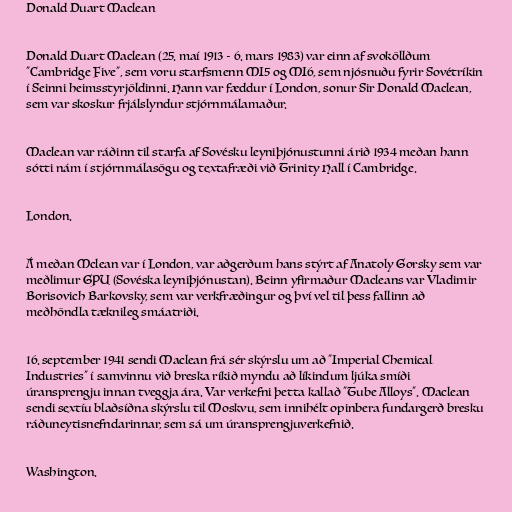
Donald Duart Maclean

Donald Duart Maclean (25. maí 1913 - 6. mars 1983) var einn af svoköllðum
"Cambridge Five", sem voru starfsmenn MI5 og MI6, sem njósnuðu fyrir Sovétríkin
í Seinni heimsstyrjöldinni. Hann var fæddur í London, sonur Sir Donald Maclean,
sem var skoskur frjálslyndur stjórnmálamaður.

Maclean var ráðinn til starfa af Sovésku leyniþjónustunni árið 1934 meðan hann
sótti nám í stjórnmálasögu og textafræði við Trinity Hall í Cambridge.

London.

Á meðan Mclean var í London, var aðgerðum hans stýrt af Anatoly Gorsky sem var
meðlimur GPU (Sovéska leyniþjónustan). Beinn yfirmaður Macleans var Vladimir
Borisovich Barkovsky, sem var verkfræðingur og því vel til þess fallinn að
meðhöndla tæknileg smáatriði.

16. september 1941 sendi Maclean frá sér skýrslu um að "Imperial Chemical
Industries" í samvinnu við breska ríkið myndu að líkindum ljúka smíði
úransprengju innan tveggja ára. Var verkefni þetta kallað "Tube Alloys". Maclean
sendi sextíu blaðsíðna skýrslu til Moskvu, sem innihélt opinbera fundargerð bresku
ráðuneytisnefndarinnar, sem sá um úransprengjuverkefnið.

Washington.